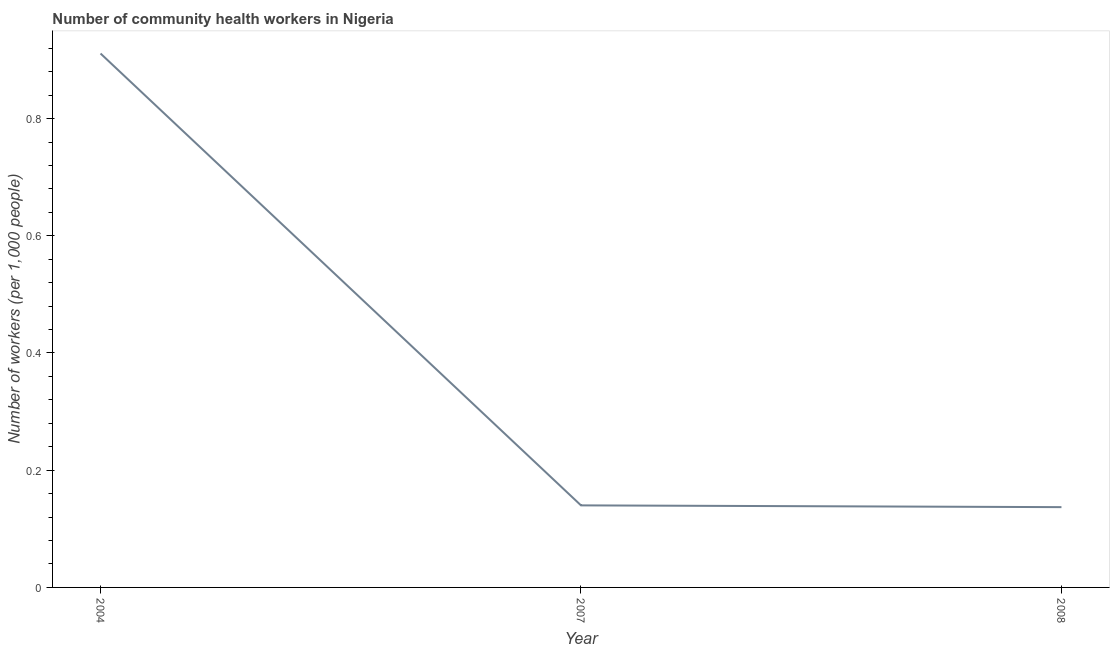
| Year | Community health workers |
 | --- | --- |
 | 2004 | 0.911 |
 | 2007 | 0.14 |
 | 2008 | 0.137 |